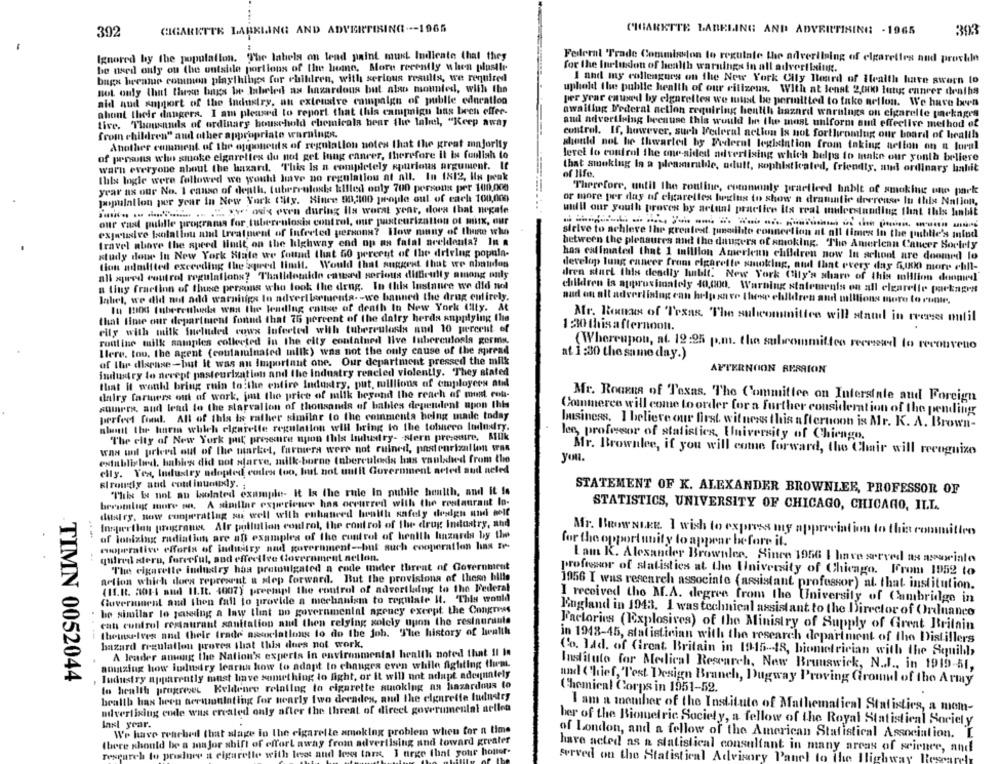
CIGARETTE LARKLANG AND ADVERTISING --- 1965
CIGARETTE LABELING AND ADVRITINING - 1965
393
392
Ignored by the population. The labels on lend paint murk Indicate that they
Federal Trade Commission to regulate the adveriising of elgareties and proviile
be used only on the outside portions of the home, More recently when plustle
for the Inclusion of health warnings in all advertising.
bags became common playthings for children, with serious results, we required
I and my colleagues on the New York Cily Board of Health have sworn to
not only that these bags be labeled as hazardous but also moules, with the
uphold the public health of our citizens. With at least 2,000 lung cancer deaths
aid and support of the industry, an extensive campaign of publle education
per year caused by elgareltes we must be permitted to take nellon. We have been
ahont their dangers. I am pleased to report that this campaign has bech offer-
awaiting Federal action requiring health hazard warnings on cigarette packages
tive. Thousands of ordinary household chemicala bear the lall, "Keep away
and advertising because this would be the most uhlform and effective method of
from children" and other appropriate warnings.
control. If, however, such Federal action Is not forthcoming our board of health
Another comment of the opponents of regulation notes that the great majority
should not he thwarted by Federal legislation from taking nelion on a loral
of persons who smoke cigarettes du not get lung cancer, therefore it is funlish to
level lo control the one-sided advertising which helps to make our youth bellere
warn everyone about the hazard. This Is a completely spurious argument. If
that smoking la a pleasurable, adult, sophisticated, friendly, and ordinary hahit
this logle were followed we would Juve no regulation at all. In 1812, In peak
of life.
year as our No. 1 canso of death, futerrulosie killed only 700 persons per 100,000
Therefore, until the routine, commonly practiced hablt of smoking one park
population per year in New York City. Since 90,1100 people out of each 100,000
or more per day nf elgarelles begins to show n dramatic deerense In this Nation,
..... .. ....... . . "W osx even during Ils worst year, does that negate
will our youth proves by actual practice its real understandlug that this hanbit
our vast pubille programa for tuberculosis control, our pasteurization of mitx, our
expansive Isolation and treatment of infreled persona? How many of those who
selve to achieve the greatest puradibite connection at all times In the publie's mind
travel above the speed Built on the highway end up as fatal arekdenta? In a
between the pleasures and the dangers of smoking. The Amerlean Catveer Borlety
study done In New York State we found that 50 pereryt of the driving popula-
has estimated that 1 million Amerlenn children now In school are doomed lo
tion adoitted exceeding the speed limit. Would That suggest that we abandon
develop lung cancer from cigarette smoking, atud that every day 5,000 more ebill-
all guered coutrol regulations? Thalldetaido catta serious difficulty among ouly
dren start this deadly hablt. New York City's share of this million doopel
a tiuy fraction of thuse persons who took the deng. In this lustauce we did nol
children is approximately 40,000. Warning statements on all clearette porknees
label, we did not add warnings lo advertisements- - we banned the drug entirely.
aud on all advertising can help save these children and millions more to come.
In 1000 (uberentledes want the leading cause of death In New York City. At
that lime cHr department found that 75 percent of the dalry herds anpplying the
Mr. Roman of Texas, The subcommittee will stand in recess outil
cily with milk Sueluded cows Infected with tuberculosis and 10 percent of
1 30 thisafternoon.
routine milk samples collected In the city contained live tuberculosla gorms.
(Whereupon, at. 19:25 p.m. the subcommittee recessed to reconveno
Ilere, too, the agent (contaminated milk) was not the only cause of the spread
at 1:30 the same day.)
of the disease-but it was an Important one. Our department pressed the milk
industry lo nevept pasteurization and the Industry reacled violently. They stated
AFTERNOON RESSION
that it would bring ruin to the entire Industry, put, millions of employees atid
dairy farmers out of work, just the price of milk beyond the reach of must cola-
Mr. RoGERA of Texas. The Committee on Interstate and Foreign
somers, and lead to the starvallon of thousands of bables dependent upon this
Commerce will come to order for a further consideration of the pending
perfect fond. All of this is rather similar to the comments being made today
nhett the huren which cigarette regulation will bring to the tobacco Industry.
business, I believe our first witness this afternoon is Mr. K. A. Brown-
lee, professor of statistics, University of Chicago.
The city of New York pat presente upon this Industry- Nern presentre, Milk
was unl prleed out of the market, farmers were not ruined, pasteurization tras
Mr. Brownlee, if you will come forward, the Chair will recognize
established. babies did not sfarve, milk-borne tuberculosis has vanladied from the
you.
elly. Yes, Industry adopted codes too, but not until Government acted sud neled
Elroudy and continuously.
STATEMENT OF K. ALEXANDER BROWNLEE, PROFESSOR OF
This Is not an bolated example- It Is the rule In public health, and it is
becoming more no, A simillar experience has occurred with the restaurant lo-
dal ry, now cooperating su well with cubaneed health safely dealgu and Golf
STATISTICS, UNIVERSITY OF CHICAGO, CHICAGO, ILT.
Innperflan porugrani Air pollution control, the control of the drug industry, and
af lonizing radiation are af examples of the control of health hazards by the
Mr. BeowNIKE. I wish to express my apprecia
on to this conmitico
for the opportunity to appear before it.
muoperative efforts of industry nad government -- but such cooperation has Ie-
quired stern, forceful, and effective Government nellon.
The cigarette industry haa pretoulgated a code under threat of Government
Lam K. Alexander Brownlee, Since 1956 I have served as aserialo
professor of statistics at the University of Chicago. From 1952 to
action which does reprearnt a step forward. But the provisions of these bille
(IL.R. 301-4 aud IL.It. 4007) preempl the control of advertlading to the Federal
1956 I was research associate (assistant professor) al that institution.
Government and then fall to provide a mechanism to regulate It. This would
I received the M.A. degree from the University of Cambridge in
be similar le jeuedng a law that no governmental agency except the Congress
England in 1943. I was technical assistant to the Director of Ordnance
cati control restautrant sanitation and then relying solely upon the restaurante
Factories (Explosives) of the Ministry of Supply of Great Britain
themselves nud their trade associations to do the job. The history of lwealth
in 1948-45, statistician with the research department of the Distillers
hazard regulation proves that this does not work.
A leader among the Nation's experts in environmental health noted that Il In
(%. lad. of Great Britain in 1915-18, biometrician with the Squibb
auuizing how industry learns how to adapt to changes even while Agliting Hum
Instituto for Medical Research, New Brunswick, N.J ., in 1919-51,
TIMN 0052044
Industry apparently must have something to fight, or it will not adapt adequately
nad Chief, "Test Design Branch, Dugway Proving Ground of the Army
to health progreses Keldenre relating to cigarette smoking an hazardous to
Chemical Corps in 1951-52.
health has been sermonloting for nearly two decades, and the elgarette ludustry
advertising code was created only after the threat of direct governmental arlien
I am a member of the Institute of Mathematical Statistics, a mom-
last year.
her of the Biometric Society, a fellow of the Royal Statistical Society
We have reached that slage in the cigarette smoking problem when for a time
of London, and a fellow of the American Statistical Association. L
there should be a major shift of effort away from advertising and toward greater
have acted as a statistical consultant in many areas of science, and
research to prisinee a cigarette with love and lesy tart.
I urge that your houter-
served on the Statistical Advisory Panel to the Highway Rlescared